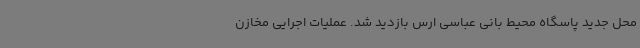
محل جدید پاسگاه محیط بانی عباسی ارس بازدید شد. عملیات اجرایی مخازن